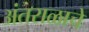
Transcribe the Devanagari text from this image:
अंतराळाचे